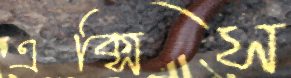
এক্সিস